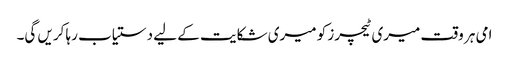
امی ہر وقت میری ٹیچرز کو میری شکایت کے لیے دستیاب رہا کریں گی۔